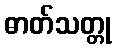
ဓာတ်သတ္တု